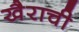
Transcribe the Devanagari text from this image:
खैराची